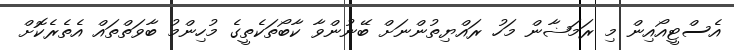
އެސްޓީއޯއިން މި ރަމަޟާން މަހު ރައްޔިތުންނަށް ބޭނުންވާ ކާބޯތަކެތީގެ މުހިންމު ބާވަތްތައް އެތެރެކޮށް